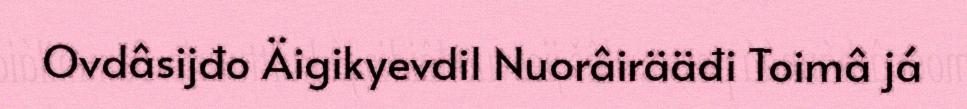
Ovdâsijđo Äigikyevdil Nuorâirääđi Toimâ já